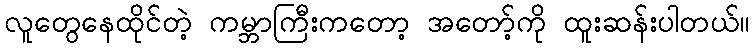
လူတွေနေထိုင်တဲ့ ကမ္ဘာကြီးကတော့ အတော့်ကို ထူးဆန်းပါတယ်။